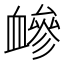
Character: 𧗋